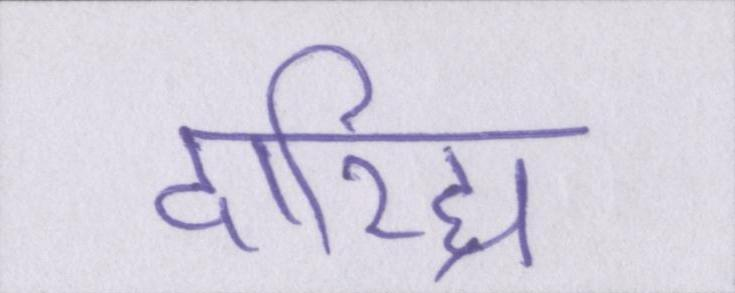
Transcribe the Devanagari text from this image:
दारिद्र्य